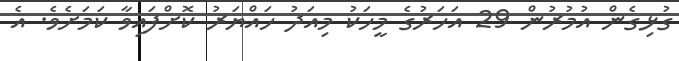
ގުޅިގެން އުމުރުން 29 އަހަރުގެ މީހަކު މިއަދު ހައްޔަރު ކޮށްފައިވާ ކަމަށެވެ. އެ